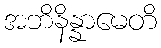
အဘိနိန္နာမေတိ